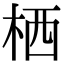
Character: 栖